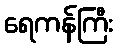
ရေကန်ကြီး